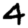
Digit: 4